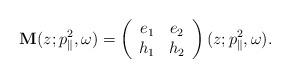
LaTeX: \begin{align*}\mathbf{M}(z; p_{\parallel}^2, \omega) = \left(\begin{array}{cc} e_1 & e_2\\h_1 & h_2 \end{array}\right)(z; p_{\parallel}^2, \omega).\end{align*}